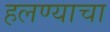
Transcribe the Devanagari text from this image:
हलण्याचा